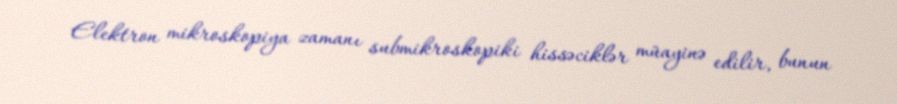
Elektron mikroskopiya zamanı submikroskopiki hissəciklər müayinə edilir, bunun